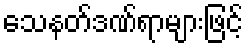
သေနတ်ဒဏ်ရာများဖြင့်